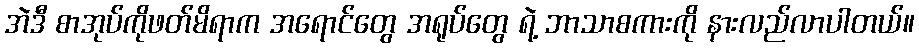
အဲဒီ စာအုပ်ကိုဖတ်မိရာက အရောင်တွေ အရုပ်တွေ ရဲ့ ဘာသာစကားကို နားလည်လာပါတယ်။